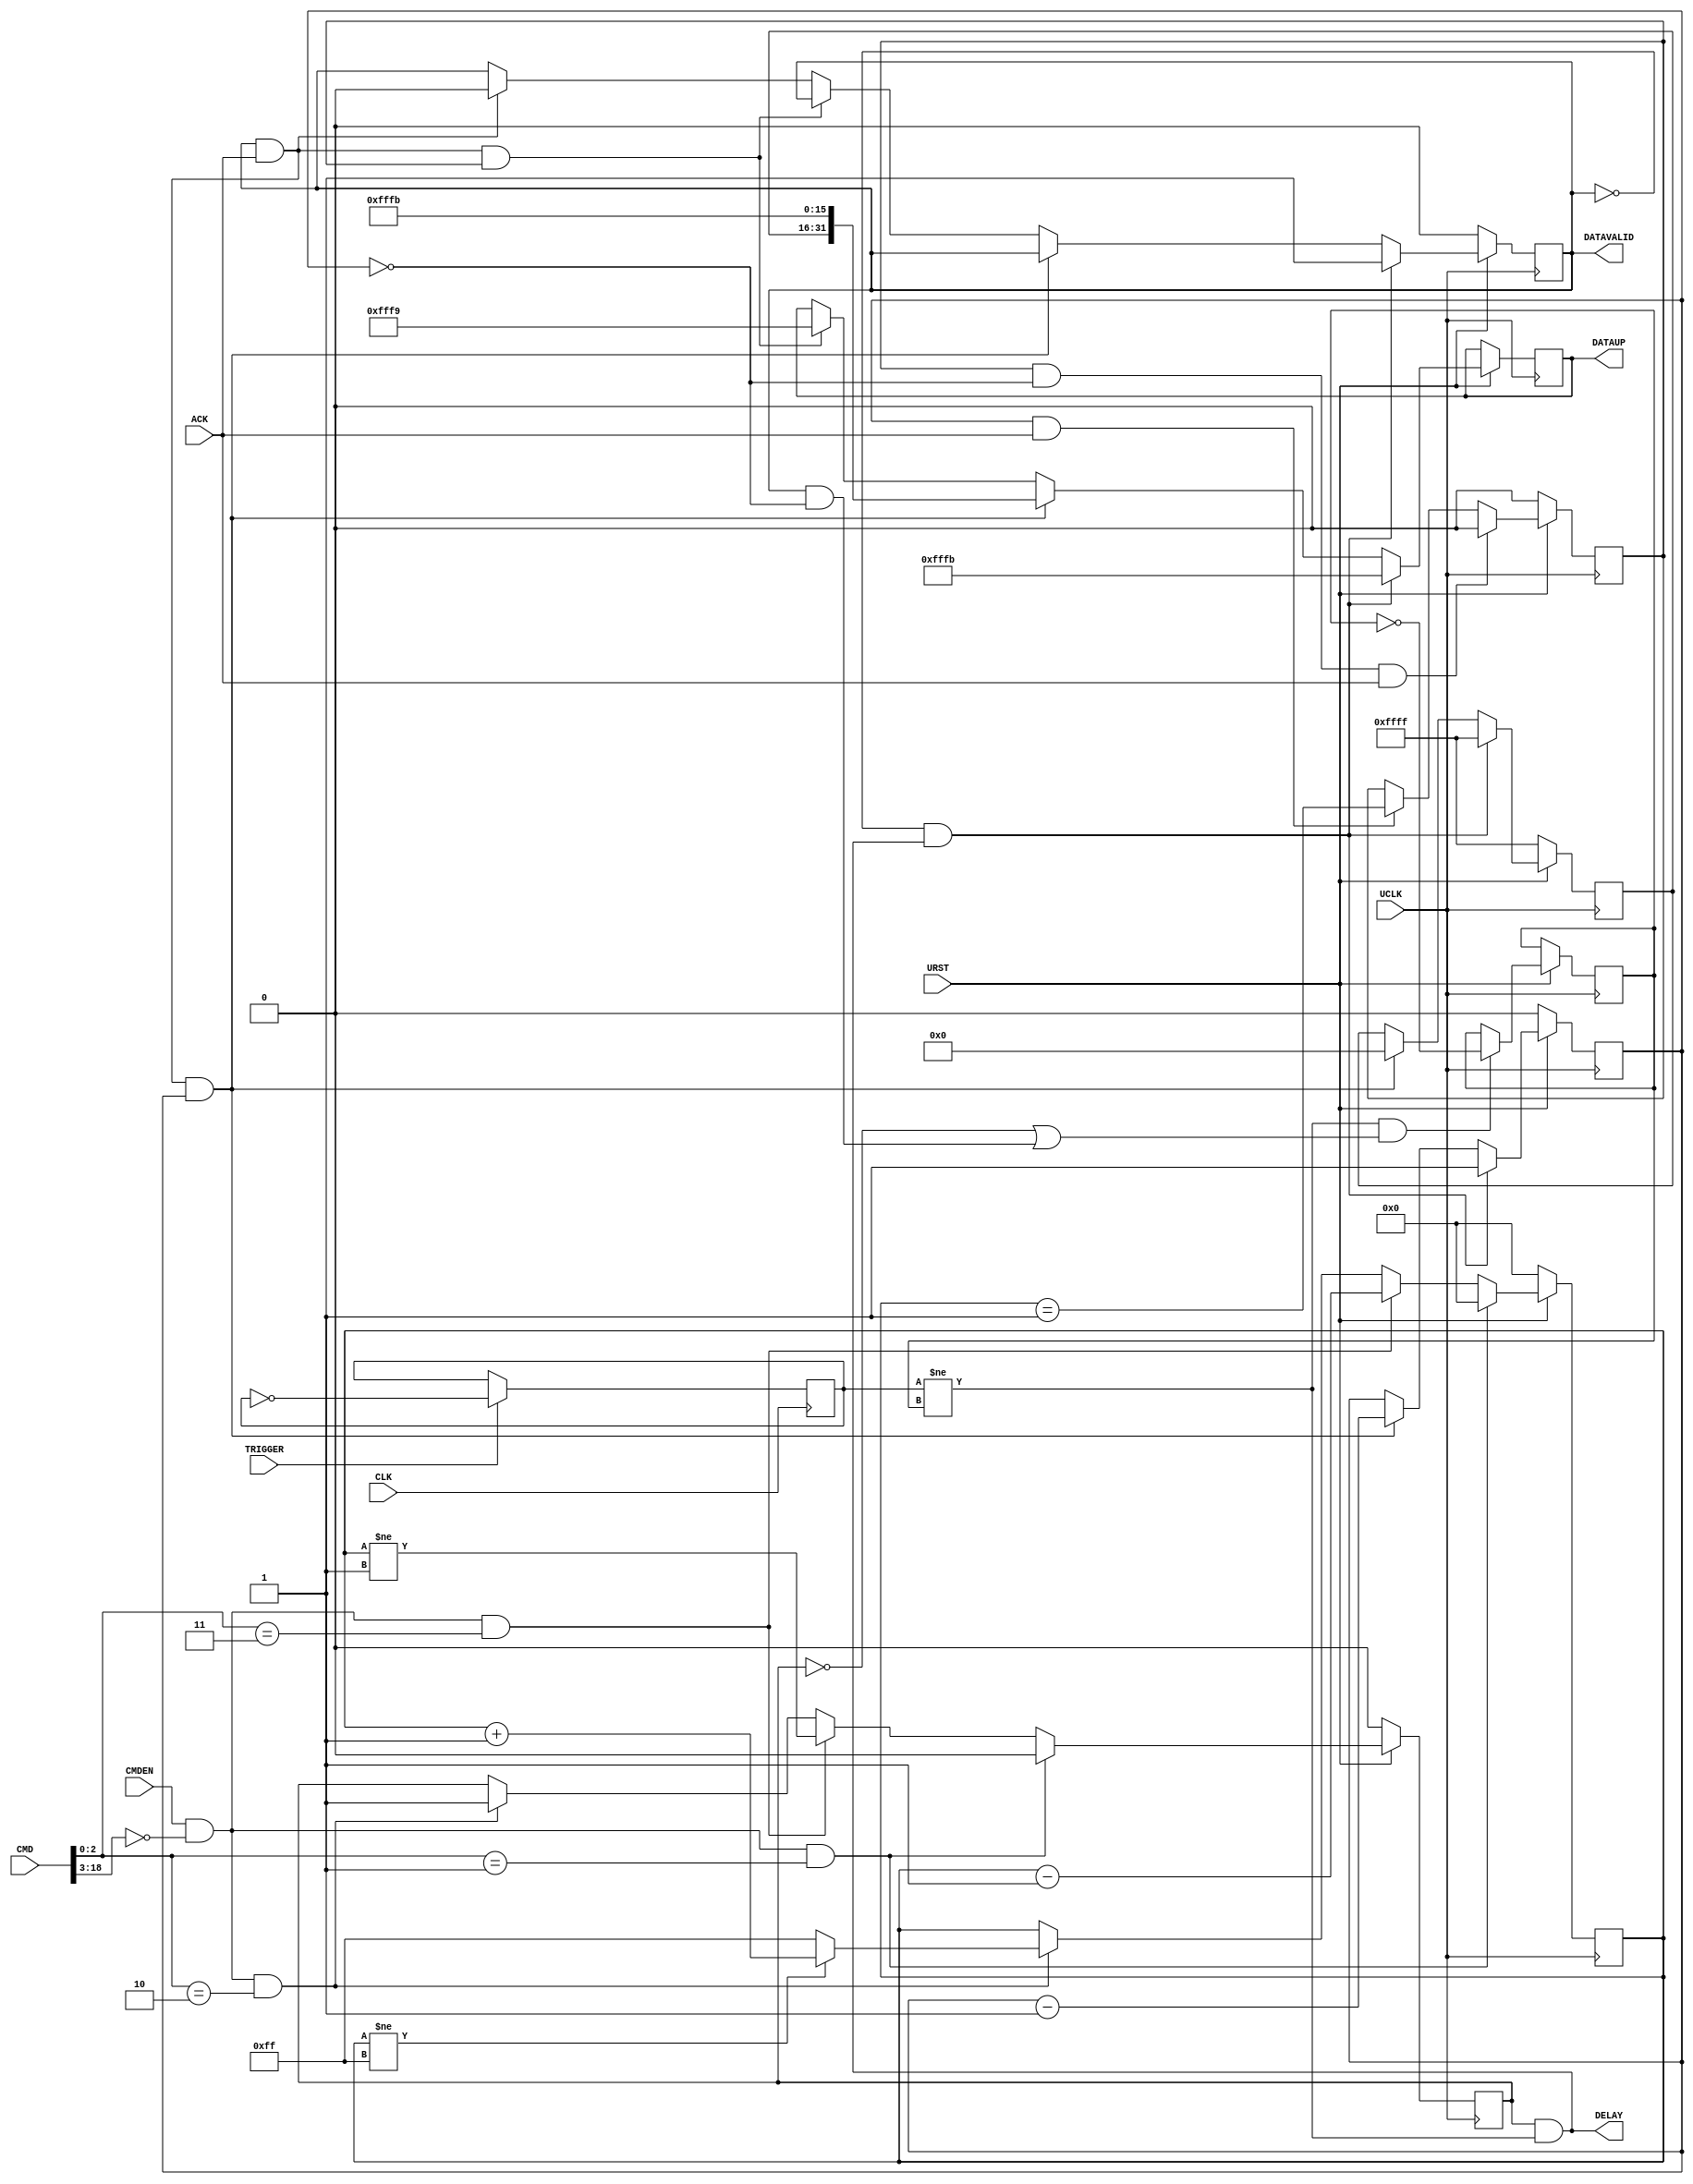

`ifdef BSV_ASSIGNMENT_DELAY
`else
  `define BSV_ASSIGNMENT_DELAY
`endif

`ifdef BSV_POSITIVE_RESET
  `define BSV_RESET_VALUE 1'b1
  `define BSV_RESET_EDGE posedge
`else
  `define BSV_RESET_VALUE 1'b0
  `define BSV_RESET_EDGE negedge
`endif


//
// REPLICATED CODE WARNING
// If these encodings change, the following files must be kept in sync:
//
// SceMiSerialProbe.bsv
//
// Verilog Probes (ProbeTrigger.v, ProbeCapture.v etc.)
//
// C++ Transactor code (src/lib/SceMi/bsvxactors/SerialProbeXactor.cxx)
//

`define PDISABLED   3'd1
`define PENABLED    3'd2
`define PTRIGGERED  3'd3
`define PADDING    13'h1FFF

module ProbeTrigger (
                     UCLK,
                     URST,
                     // Down link
                     CMDEN,
                     CMD,
                     // Up link
                     DELAY,
                     DATAUP,
                     DATAVALID,
                     ACK,
                     //
                     CLK,
                     // Trigger Data
                     TRIGGER
                 );

   parameter TriggerId = 0;
   parameter NumWords = 1;
   parameter CaptureIds = { NumWords { 16'hFFFF } };
   parameter CWidth  = 1 ;      // 1 + log2 (NumWords)

   input UCLK;
   input URST;
   input CLK;

   input TRIGGER;

   output [31:0] DATAUP;
   output        DELAY;
   output        DATAVALID;
   input         ACK;

   input         CMDEN;
   input [18:0]  CMD;

   // Output declarations
   reg [31:0]    DATAUP;        // on UCLK
   wire          DELAY;
   wire          DATAVALID;

   wire [15:0] 	probenum = CMD [18:3];
   wire [2:0]   cmd      = CMD  [2:0];

   // On local clock
   reg                  triggerToggle; // not reset

   // on UCLK/reset
   reg [7:0]            enableCount;
   reg                  enabled;
   reg                  sendDisable;
   reg [CWidth-1:0]     wordCount;
   reg [16*NumWords-1:0] reportIds;

   reg                  sending;
   reg                  sentToggle; // not reset

   wire triggered   = triggerToggle != sentToggle;
   wire sendTrigger = enabled && triggered ;
   wire myCommand   = CMDEN && (probenum == TriggerId[15:0]);
   wire wordCountZero = wordCount == {CWidth {1'b0}};

   assign DELAY   = enabled && triggered;
   assign DATAVALID = sending;

   always @(posedge UCLK) begin
      if (URST != !`BSV_RESET_VALUE) begin
         enabled     <= `BSV_ASSIGNMENT_DELAY 1'b0;
         enableCount <= `BSV_ASSIGNMENT_DELAY 8'b0;
         sending     <= `BSV_ASSIGNMENT_DELAY 1'b0;
         sendDisable <= `BSV_ASSIGNMENT_DELAY 1'b0;
         wordCount   <= `BSV_ASSIGNMENT_DELAY { CWidth {1'b0}};
         reportIds   <= `BSV_ASSIGNMENT_DELAY CaptureIds;
      end
      else begin
         if (!sending && sendTrigger) begin
            DATAUP      <= `BSV_ASSIGNMENT_DELAY {TriggerId[15:0], `PADDING, `PTRIGGERED};
            sending     <= `BSV_ASSIGNMENT_DELAY 1'b1;
            wordCount   <= `BSV_ASSIGNMENT_DELAY NumWords [CWidth-1:0] ;
            reportIds   <= `BSV_ASSIGNMENT_DELAY CaptureIds;
         end
         else if (sending && ACK && !wordCountZero) begin
            DATAUP     <= `BSV_ASSIGNMENT_DELAY {reportIds[15:0], `PADDING, `PTRIGGERED};
            wordCount  <= `BSV_ASSIGNMENT_DELAY wordCount - 1'b1;
            reportIds  <= `BSV_ASSIGNMENT_DELAY reportIds >> 16;
         end
         else if (sending && ACK && sendDisable) begin
            DATAUP <= `BSV_ASSIGNMENT_DELAY {TriggerId[15:0], `PADDING, `PDISABLED};
         end
         else if (sending && ACK) begin
            sending <= `BSV_ASSIGNMENT_DELAY 1'b0;
         end

         // sendDisable  flop
         if (sendDisable && wordCountZero && ACK) begin
            sendDisable <= 1'b0;
         end
         else if(!wordCountZero && ACK) begin
            sendDisable <= `BSV_ASSIGNMENT_DELAY (enableCount == 8'b1);
         end

         // clear the toggle after sending all works
         if (triggered && (!enabled || (sending && wordCountZero) )) begin
            sentToggle <= `BSV_ASSIGNMENT_DELAY ! sentToggle;
         end

         // Process commands
         if (myCommand && cmd == `PDISABLED) begin
            enableCount <= `BSV_ASSIGNMENT_DELAY 8'b0;
            enabled     <= `BSV_ASSIGNMENT_DELAY 1'b0;
         end
         else if (myCommand && cmd == `PTRIGGERED) begin
            enableCount <= `BSV_ASSIGNMENT_DELAY enableCount - 8'd1;
            enabled     <= `BSV_ASSIGNMENT_DELAY enableCount != 8'd1;
         end
         else if (myCommand && cmd == `PENABLED) begin
            enableCount <= `BSV_ASSIGNMENT_DELAY (enableCount != 8'hff) ? enableCount + 8'd1 : 8'hff ;
            enabled     <= `BSV_ASSIGNMENT_DELAY 1'b1;
         end
      end
   end

   // Local clock == uclock and lclock are edge aligned.
   always @(posedge CLK) begin
      if (TRIGGER) begin
         triggerToggle <= `BSV_ASSIGNMENT_DELAY ! triggerToggle;
      end
      // synopsys translate_off
      if (enabled && triggered && TRIGGER) begin
         $display ("Error: %m ProbeTrigger has been double triggered!");
      end
      // synopsys translate_on
   end

`ifdef BSV_NO_INITIAL_BLOCKS
`else // not BSV_NO_INITIAL_BLOCKS
   // synopsys translate_off
   initial begin
      DATAUP         <= { 16 {2'b10}};
      triggerToggle  <= 1'b0;
      sentToggle     <= 1'b0;
      enableCount    <= {4 {2'b01}};
      sending        <= 1'b0;
      sendDisable    <= 1'b0;
      enabled        <= 1'b0;
      reportIds      <= {NumWords * 8 {2'b10}} ;
   end
   // synopsys translate_on
`endif

endmodule